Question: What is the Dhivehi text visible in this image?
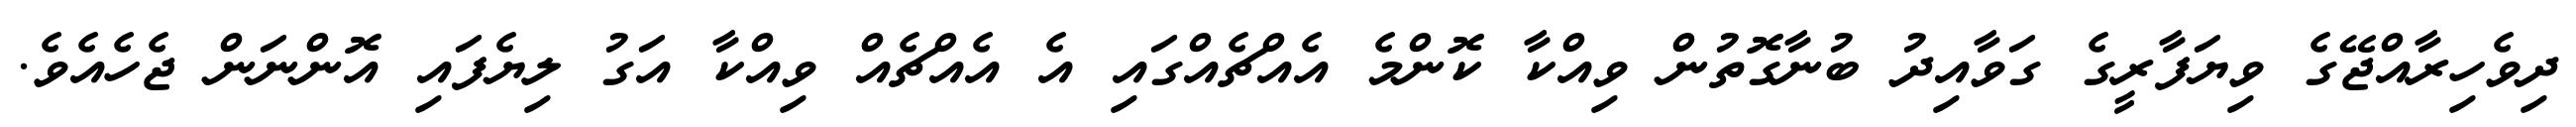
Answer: ދިވެހިރާއްޖޭގެ ވިޔަފާރީގެ ގަވާއިދު ބުނާގޮތުން ވިއްކާ ކޮންމެ އެއްޗެއްގައި އެ އެއްޗެއް ވިއްކާ އަގު ލިޔެފައި އޮންނަން ޖެހެއެވެ.